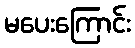
မပေးကြောင်း